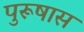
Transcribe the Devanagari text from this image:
पुरूषास